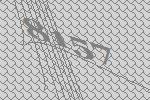
8157